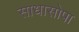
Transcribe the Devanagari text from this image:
साधासोपा